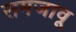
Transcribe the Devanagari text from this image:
समजावू